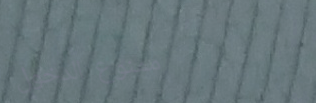
ممنوع الدخول